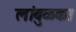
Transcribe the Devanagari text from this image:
लांबुळका